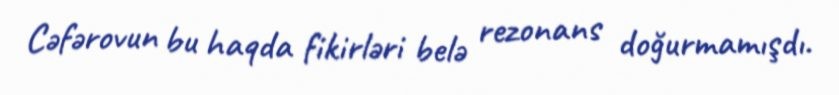
Cəfərovun bu haqda fikirləri belə rezonans doğurmamışdı.